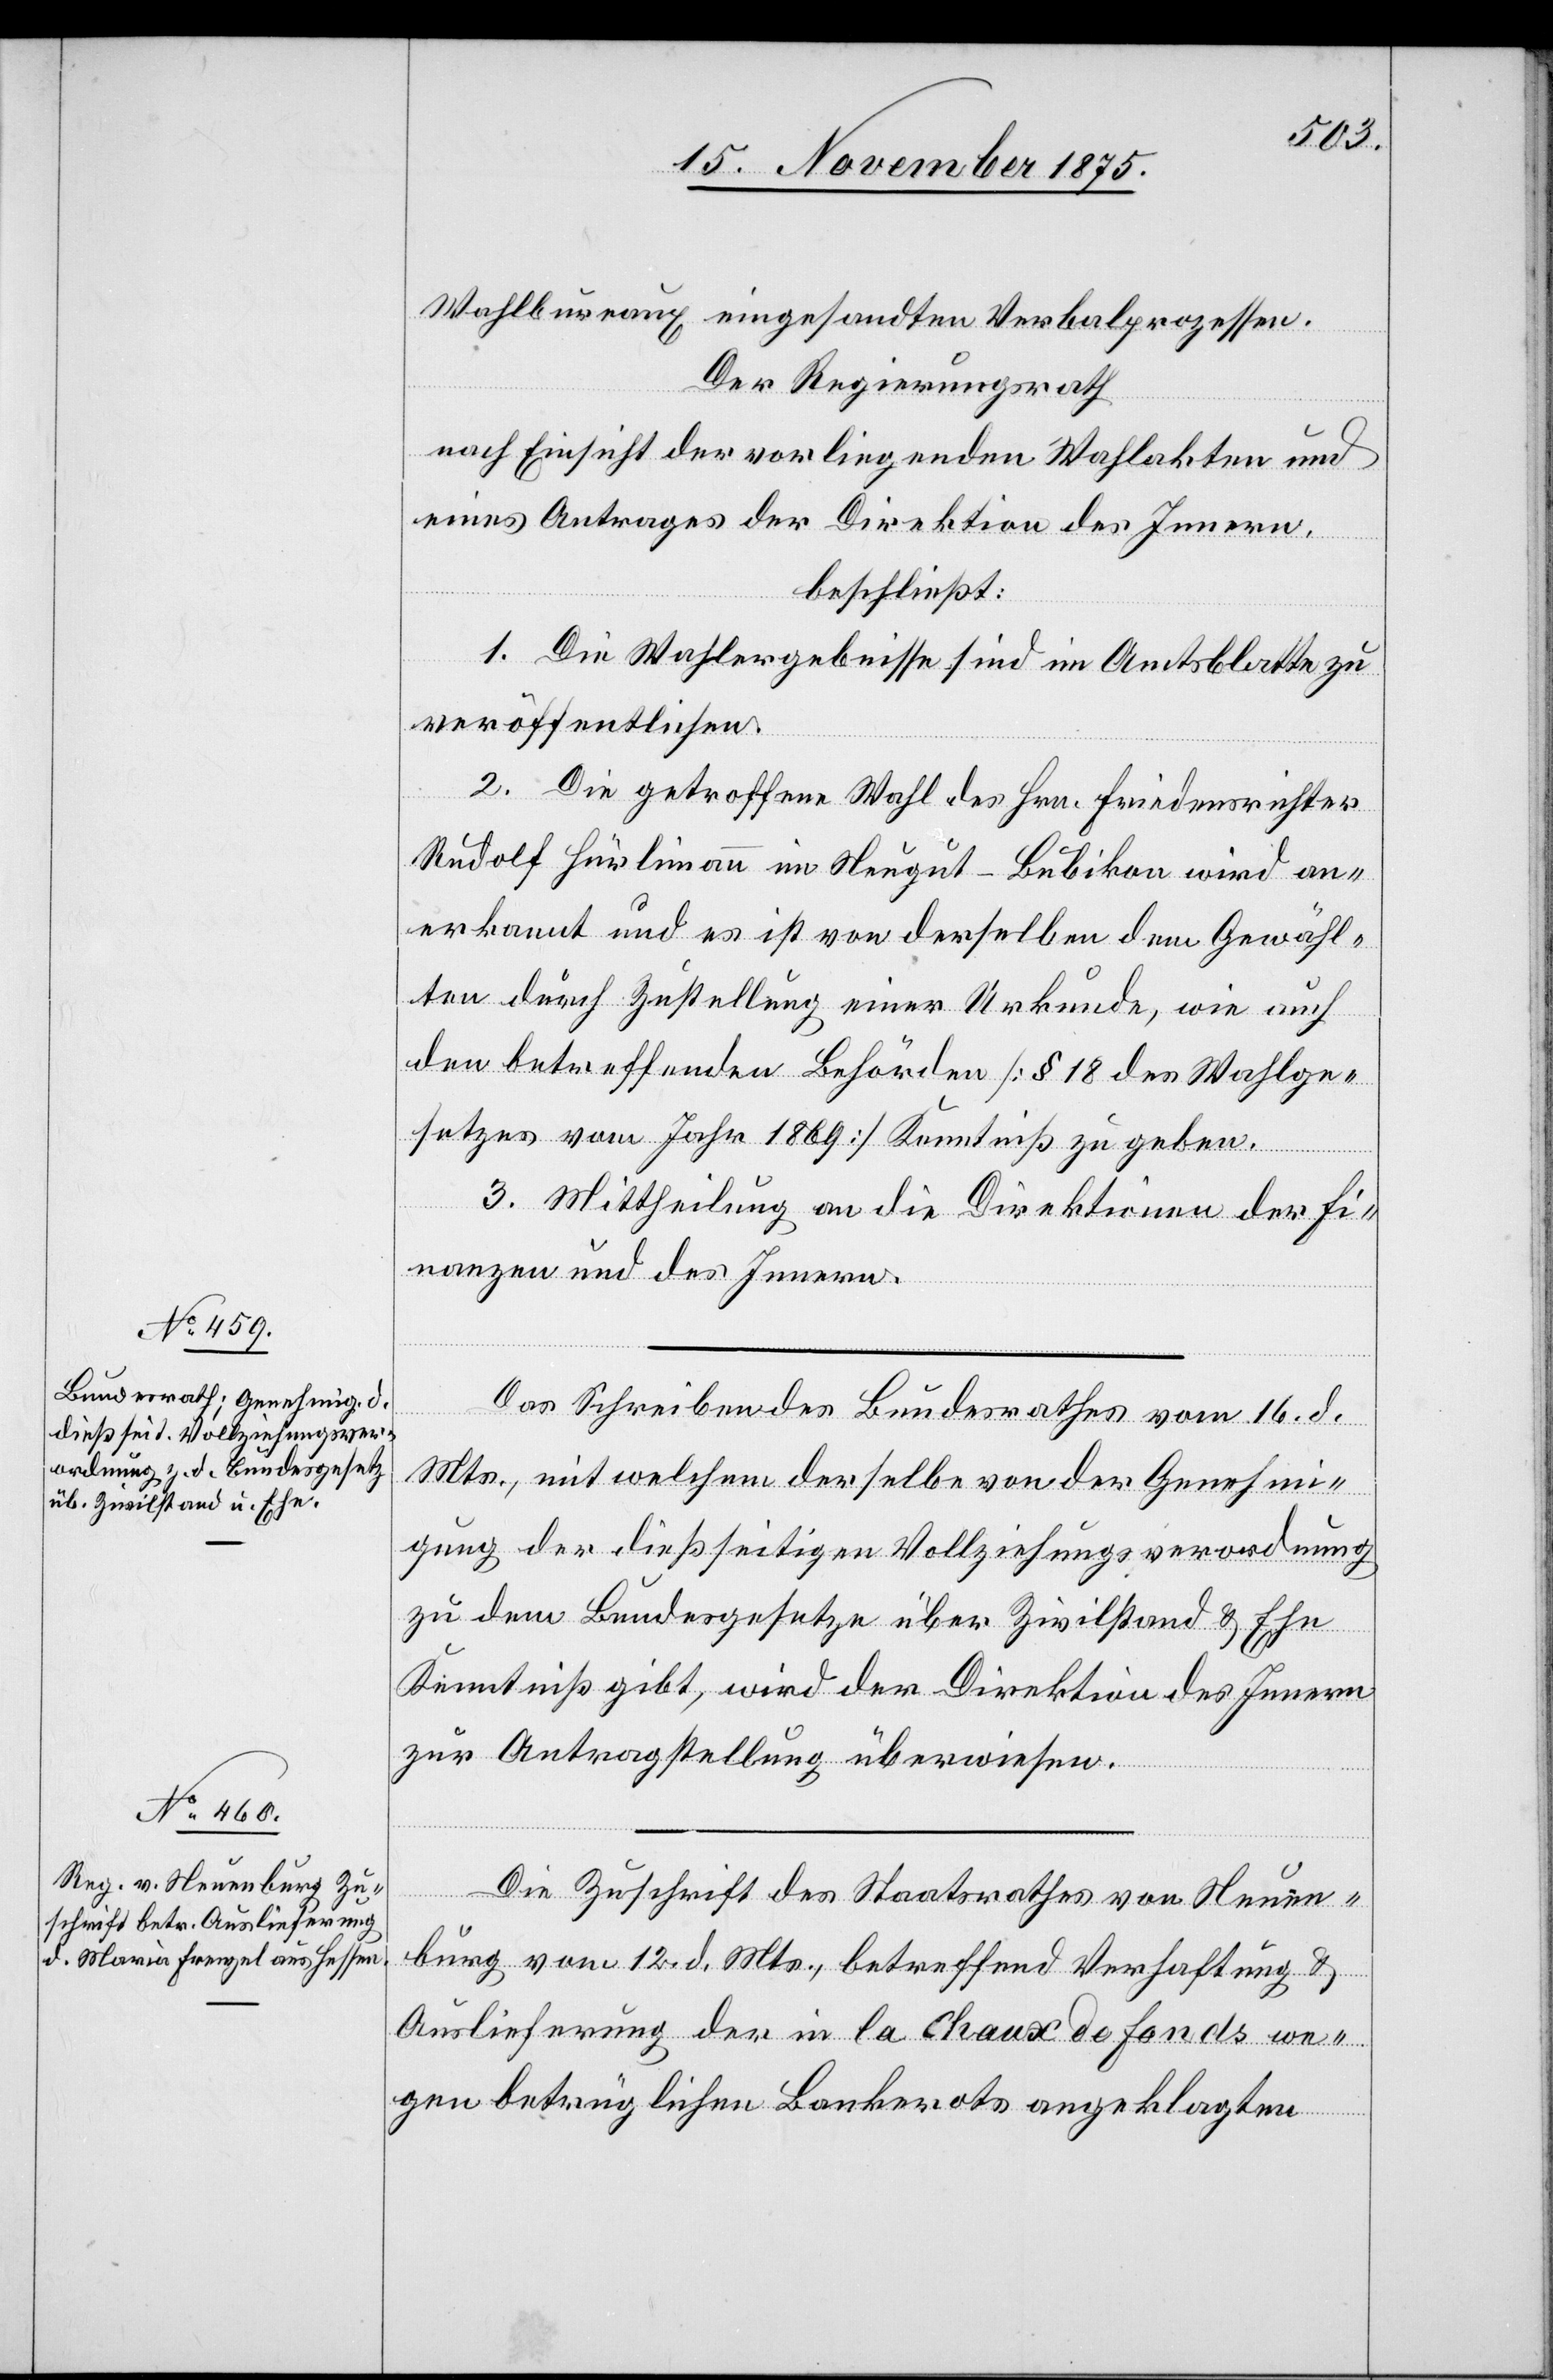
18. November 1875.]
Wahlbureaux eingesandten Verbalprozessen.
Der Regierungsrath
nach Einsicht der vorliegenden Wahlakten und
eines Antrages der Direktion des Innern,
beschließt:
1. Die Wahlergebnisse sind im Amtsblatte zu
veröffentlichen.
2. Die getroffene Wahl des Hrn. Friedensrichter
Rudolf Hürlimann im Neugut - Bubikon wird an¬
erkannt und es ist von derselben dem Gewähl¬
ten durch Zustellung einer Urkunde, wie auch
den betreffenden Behörden [§ 18 des Wahlge¬
setzes vom Jahr 1869] Kenntniß zu geben.
3. Mittheilung an die Direktionen der Fi¬
nanzen und des Innern.
Das Schreiben des Bundesrathes vom 16. d.
Mts., mit welchem derselbe von der Genehmi¬
gung der dießseitigen Vollziehungsverordnung
zu dem Bundesgesetze über Zivilstand & Ehe
Kenntniß gibt, wird der Direktion des Innern
zur Antragstellung überwiesen.
Die Zuschrift des Staatsrathes von Neuen¬
burg vom 12. d. Mts., betreffend Verhaftung &
Auslieferung der in la [sic!] Chaux de Fonds we¬
gen betrüglichen Bankerots angeklagten